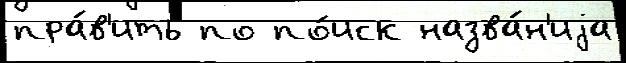
пра́в'ить по по́иск назва́н'иjа